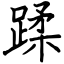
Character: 蹂